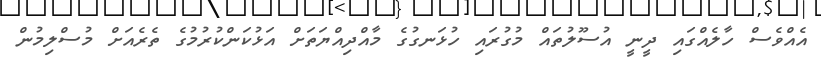
އެއްވެސް ހާލެއްގައި ދީނީ އުސޫލުތައް މުގުރައި ހުޅަނގުގެ މާއްދިއްޔަތަށް އަޅުކަންކުރުމުގެ ތެރެއަށް މުސްލިމުން